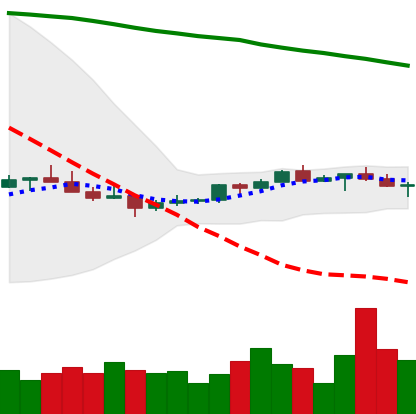
Ticker: XMR-USD
Chart end date: 2022-07-13
Forward return: 18.92%
Label: up_7plus